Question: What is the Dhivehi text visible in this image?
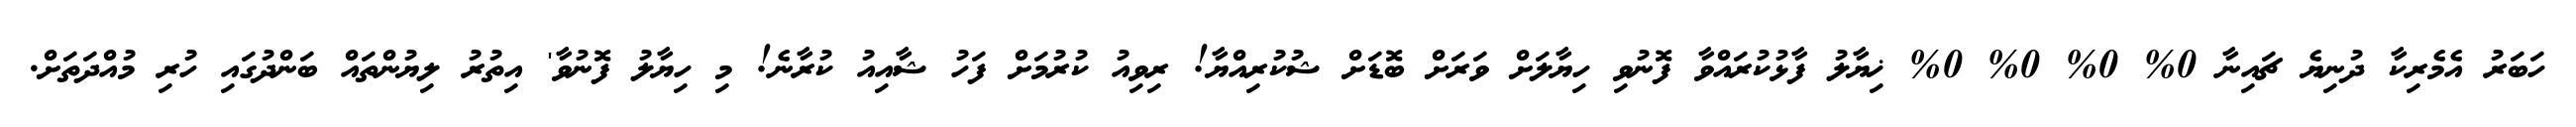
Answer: ހަބަރު އެމެރިކާ ދުނިޔެ ޗައިނާ 0% 0% 0% 0% ޚިޔާލު ފާޅުކުރައްވާ ފޮނުވި ހިޔާލަށް ވަރަށް ބޮޑަށް ޝުކުރިއްޔާ! ރިވިއު ކުރުމަށް ފަހު ޝާއިއު ކުރާނެ! މި ހިޔާލު ފޮނުވާ' އިތުރު ލިޔުންތައް ބަންދުގައި ހުރި މުއްދަތަށް.